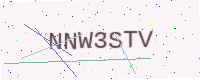
Text: NNW3STV